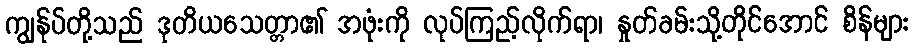
ကျွန်ုပ်တို့သည် ဒုတိယသေတ္တာ၏ အဖုံးကို လုပ်ကြည့်လိုက်ရာ၊ နှုတ်ခမ်းသို့တိုင်အောင် စိန်များ